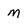
Character: m